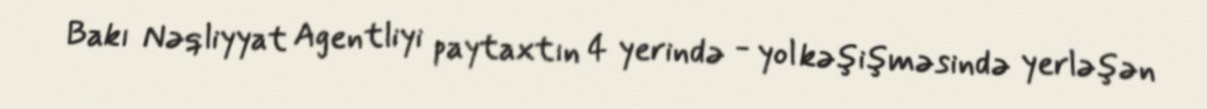
Bakı Nəqliyyat Agentliyi paytaxtın 4 yerində - yol kəşişməsində yerləşən